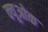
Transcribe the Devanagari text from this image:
क्यूओक